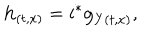
{ } { \bf h } _ { ( t , x ) } = i ^ { * } { \bf g } _ { Y ( t , x ) } ,